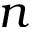
n